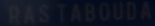
PASTABOBAIA